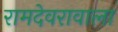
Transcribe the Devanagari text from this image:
रामदेवरावाला